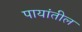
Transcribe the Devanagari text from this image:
पायांतील